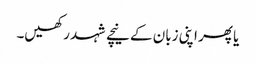
یا پھر اپنی زبان کے نیچے شہد رکھیں۔